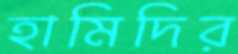
হামিদির